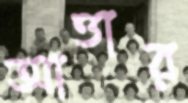
আত্তার